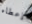
إعطاء